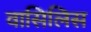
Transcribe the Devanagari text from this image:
वासिलिस